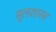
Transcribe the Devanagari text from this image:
मूलशास्त्र